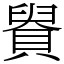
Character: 䝿